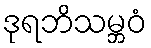
ဒုရဘိသမ္ဘဝံ